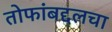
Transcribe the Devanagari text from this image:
तोफांबद्दलचा